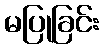
မပြုခြင်း